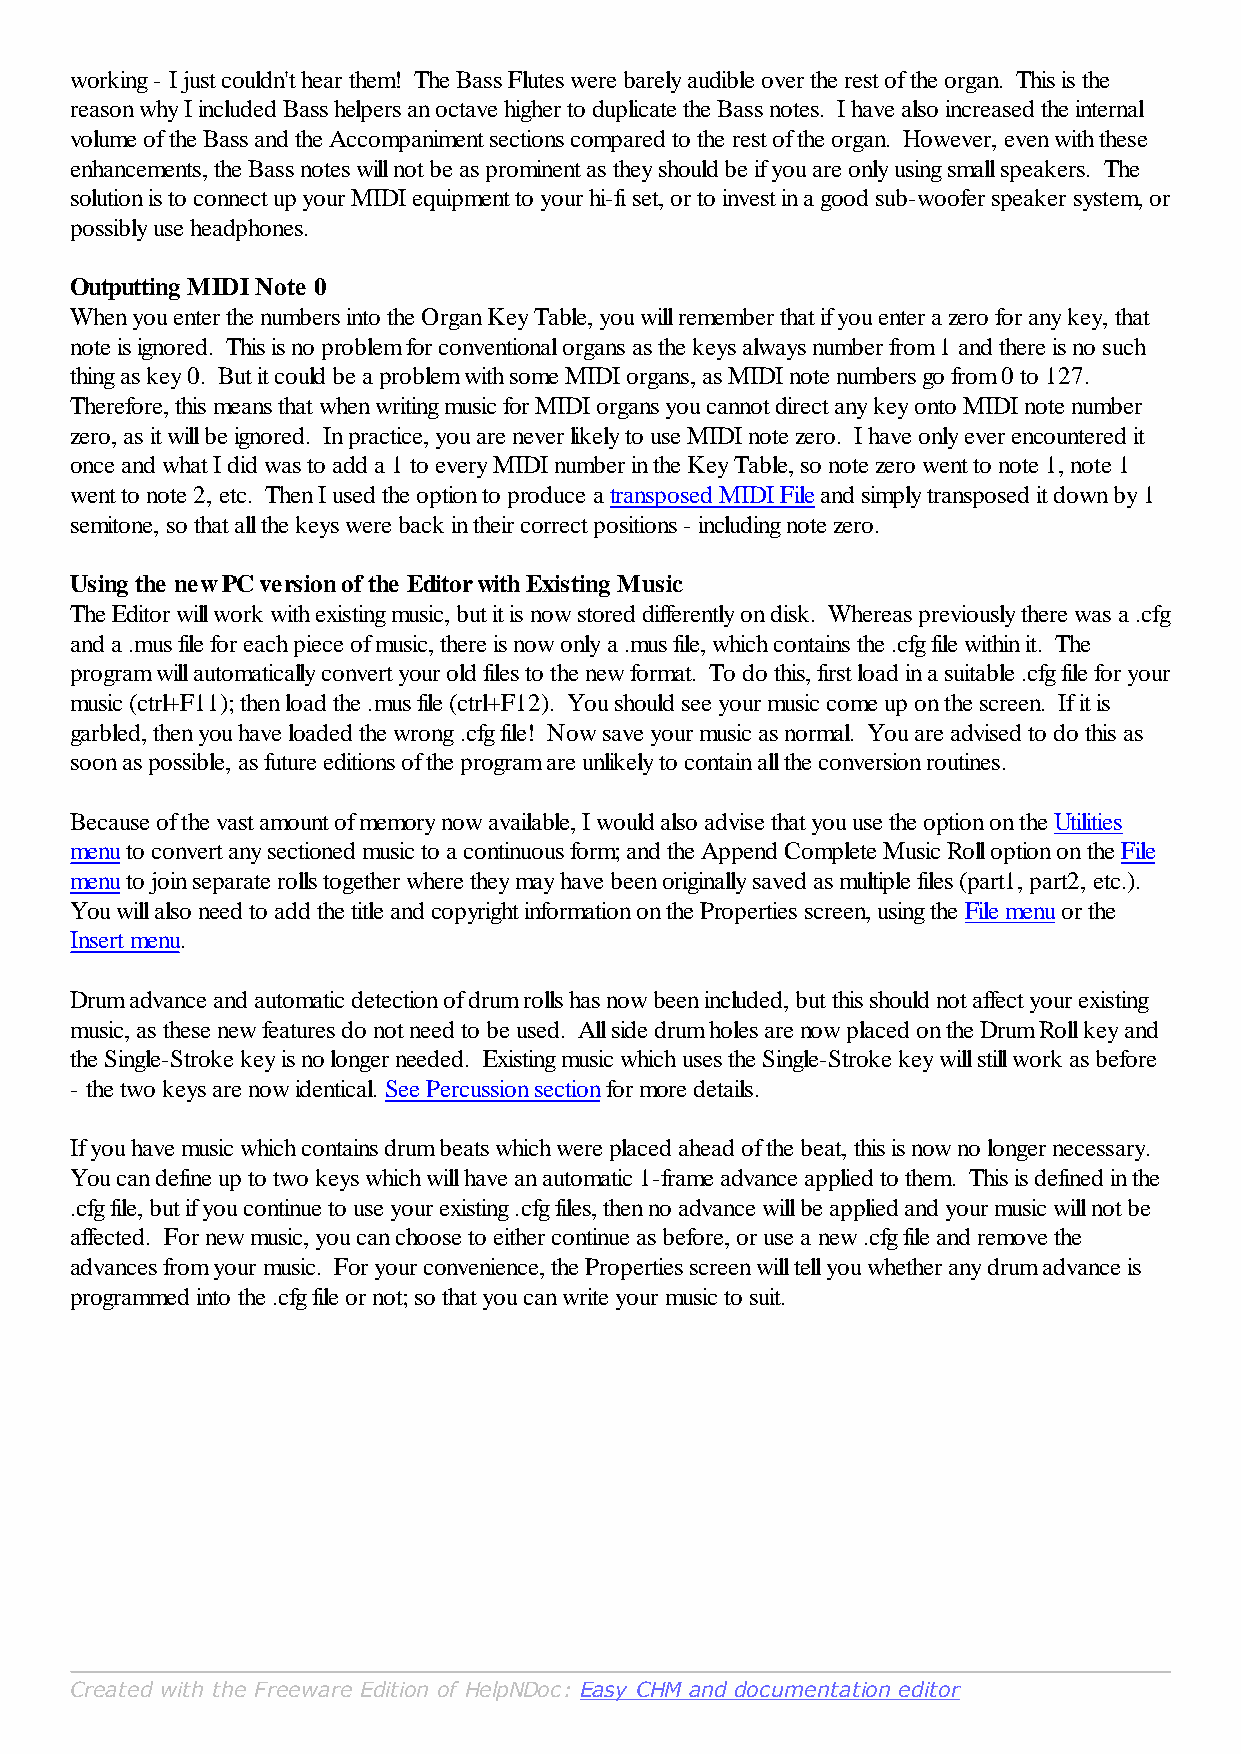
working - I just couldn't hear them! The Bass Flutes were barely audible over the rest of the organ. This is the
 reason why I included Bass helpers an octave higher to duplicate the Bass notes. I have also increased the internal
 volume of the Bass and the Accompaniment sections compared to the rest of the organ. However, even with these
 enhancements, the Bass notes will not be as prominent as they should be if you are only using small speakers. The
 solution is to connect up your MIDI equipment to your hi-fi set, or to invest in a good sub-woofer speaker system, or
 possibly use headphones.
 Outputting MIDI Note 0
 When you enter the numbers into the Organ Key Table, you will remember that if you enter a zero for any key, that
 note is ignored. This is no problem for conventional organs as the keys always number from 1 and there is no such
 thing as key 0. But it could be a problem with some MIDI organs, as MIDI note numbers go from 0 to 127.
 Therefore, this means that when writing music for MIDI organs you cannot direct any key onto MIDI note number
 zero, as it will be ignored. In practice, you are never likely to use MIDI note zero. I have only ever encountered it
 once and what I did was to add a 1 to every MIDI number in the Key Table, so note zero went to note 1, note 1
 went to note 2, etc. Then I used the option to produce a transposed MIDI File and simply transposed it down by 1
 semitone, so that all the keys were back in their correct positions - including note zero.
 Using the new PC version of the Editor with Existing Music
 The Editor will work with existing music, but it is now stored differently on disk. Whereas previously there was a .cfg
 and a .mus file for each piece of music, there is now only a .mus file, which contains the .cfg file within it. The
 program will automatically convert your old files to the new format. To do this, first load in a suitable .cfg file for your
 music (ctrl+F11); then load the .mus file (ctrl+F12). You should see your music come up on the screen. If it is
 garbled, then you have loaded the wrong .cfg file! Now save your music as normal. You are advised to do this as
 soon as possible, as future editions of the program are unlikely to contain all the conversion routines.
 Because of the vast amount of memory now available, I would also advise that you use the option on the Utilities
 menu to convert any sectioned music to a continuous form; and the Append Complete Music Roll option on the File
 menu to join separate rolls together where they may have been originally saved as multiple files (part1, part2, etc.).
 You will also need to add the title and copyright information on the Properties screen, using the File menu or the
 Insert menu.
 Drum advance and automatic detection of drum rolls has now been included, but this should not affect your existing
 music, as these new features do not need to be used. All side drum holes are now placed on the Drum Roll key and
 the Single-Stroke key is no longer needed. Existing music which uses the Single-Stroke key will still work as before
 - the two keys are now identical. See Percussion section for more details.
 If you have music which contains drum beats which were placed ahead of the beat, this is now no longer necessary.
 You can define up to two keys which will have an automatic 1-frame advance applied to them. This is defined in the
 .cfg file, but if you continue to use your existing .cfg files, then no advance will be applied and your music will not be
 affected. For new music, you can choose to either continue as before, or use a new .cfg file and remove the
 advances from your music. For your convenience, the Properties screen will tell you whether any drum advance is
 programmed into the .cfg file or not; so that you can write your music to suit.
 Created with the Freeware Edition of HelpNDoc: Easy CHM and documentation editor